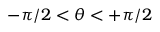
- \pi / 2 < \theta < + \pi / 2